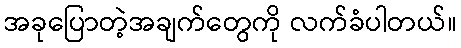
အခုပြောတဲ့အချက်တွေကို လက်ခံပါတယ်။